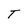
Character: T